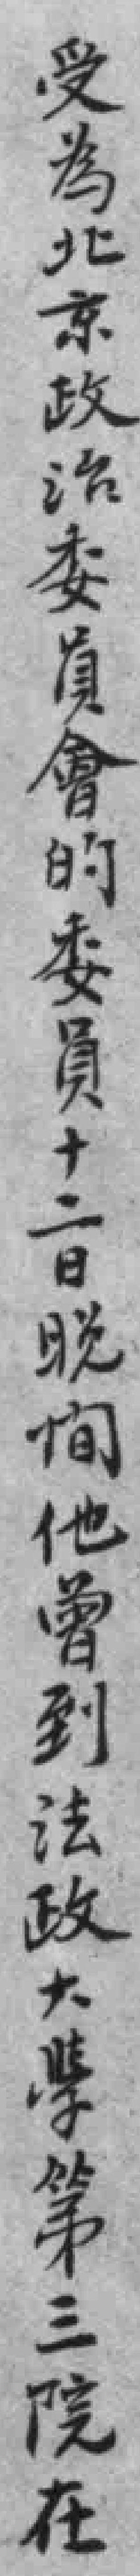
受為北京政治委員會的委員十二日晚间他曾到法政大學第三院在